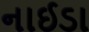
નાઈડા